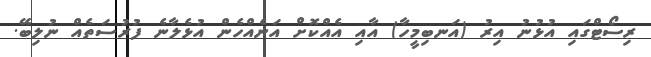
ރިސޯޓްގައި އުޅުނު އިރު (އަނބިމީހާ) އާއި އެއްކޮށް އަނެއްހެން އުޅެލާނެ ފުރުސަތެއް ނުލިބޭ.